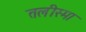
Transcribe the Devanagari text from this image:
तलीस्‍मा